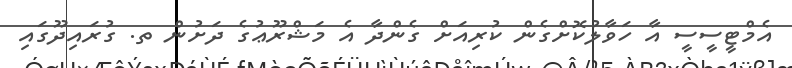
އެމްޓީސީސީ އާ ހަވާލުކޮށްގެން ކުރިއަށް ގެންދާ އެ މަޝްރޫޢުގެ ދަށުން ތ. ގުރައިދޫގައި